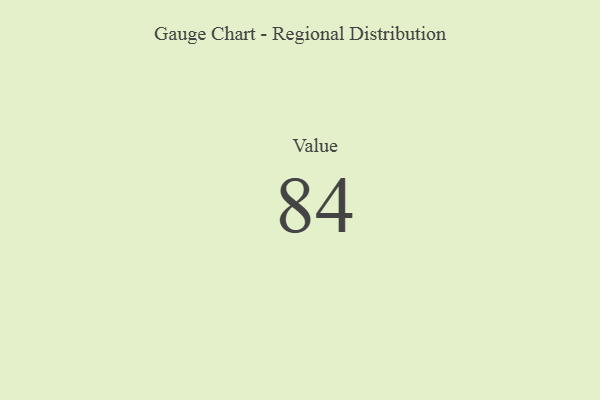
{"axis": {"x": "Metric", "y": "Value"}, "legend": [""], "data": [{"x": "Value", "y": 84, "type": ""}]}